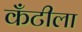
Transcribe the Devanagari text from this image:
कँटीला